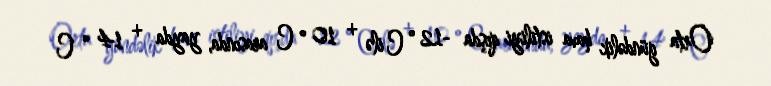
Orta gündəlik hava istiliyi qışda -12 ° C ilə + 10 ° C arasında, yayda + 14 ° C